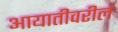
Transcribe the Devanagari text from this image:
आयातीवरील